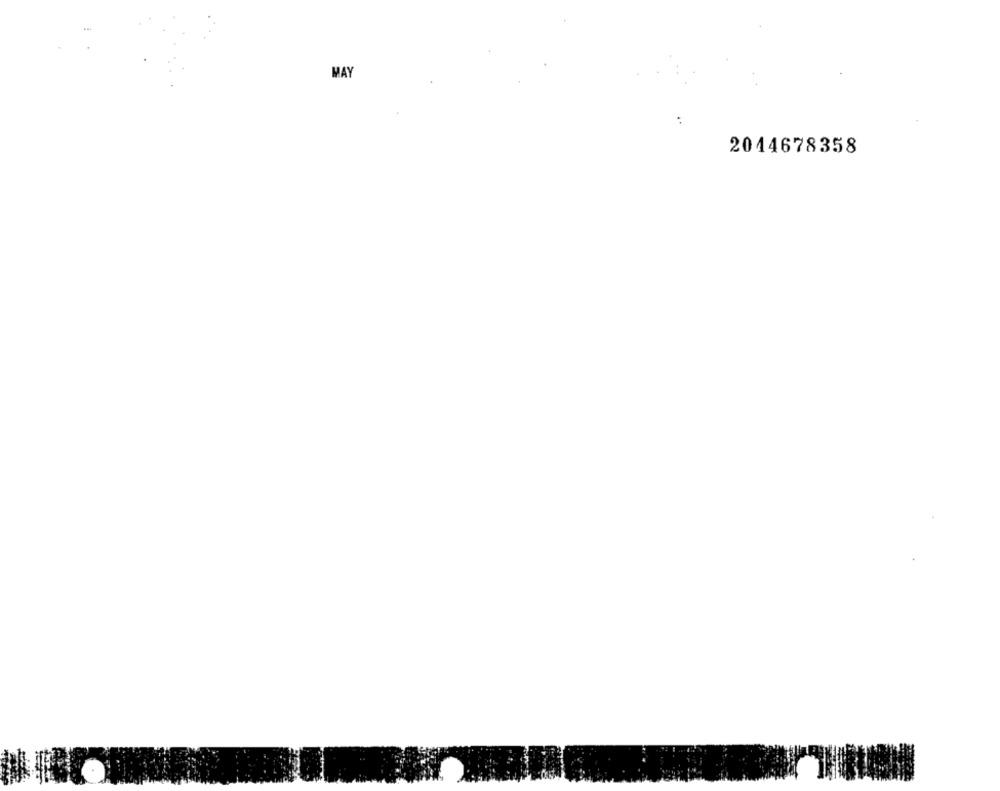
MAY
2044678358